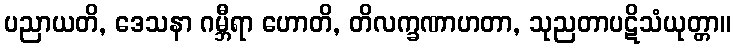
ပညာယတိ, ဒေသနာ ဂမ္ဘီရာ ဟောတိ, တိလက္ခဏာဟတာ, သုညတာပဋိသံယုတ္တာ။